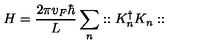
H = \frac { 2 \pi v _ { F } \hbar } { L } \sum _ { n } : : K _ { n } ^ { \dagger } K _ { n } : :